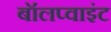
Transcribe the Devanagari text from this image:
बॉलप्वाइंट